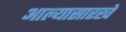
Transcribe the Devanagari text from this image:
आल्‍यासारखे